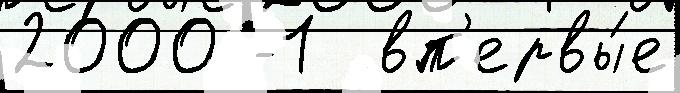
2000 -1  вп'ервы́е